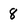
Character: 8